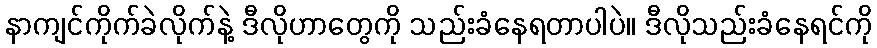
နာကျင်ကိုက်ခဲလိုက်နဲ့ ဒီလိုဟာတွေကို သည်းခံနေရတာပါပဲ။ ဒီလိုသည်းခံနေရင်ကို